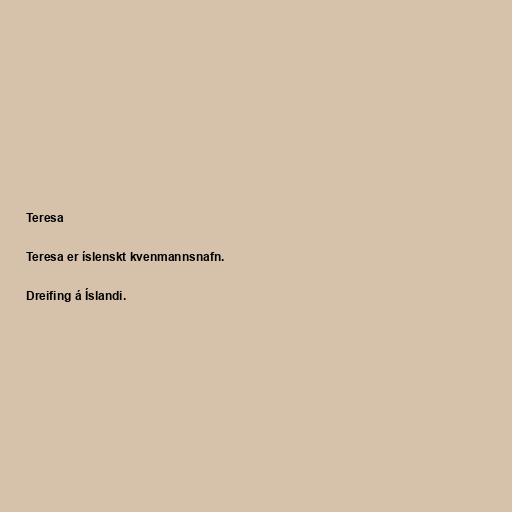
Teresa

Teresa er íslenskt kvenmannsnafn.

Dreifing á Íslandi.